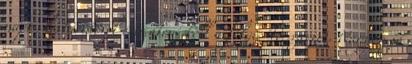
napos határidővel értesíteni kell a folyósító szervet. Nagyon jó